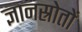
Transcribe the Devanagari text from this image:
ज्ञानस्रोतों